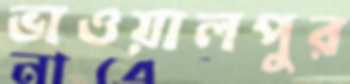
ভাওয়ালপুর